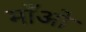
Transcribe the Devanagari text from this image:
माँओ